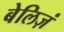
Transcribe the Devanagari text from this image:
बेलिज़ं